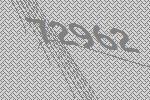
72962